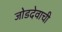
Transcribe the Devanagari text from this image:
जोडदेवाची